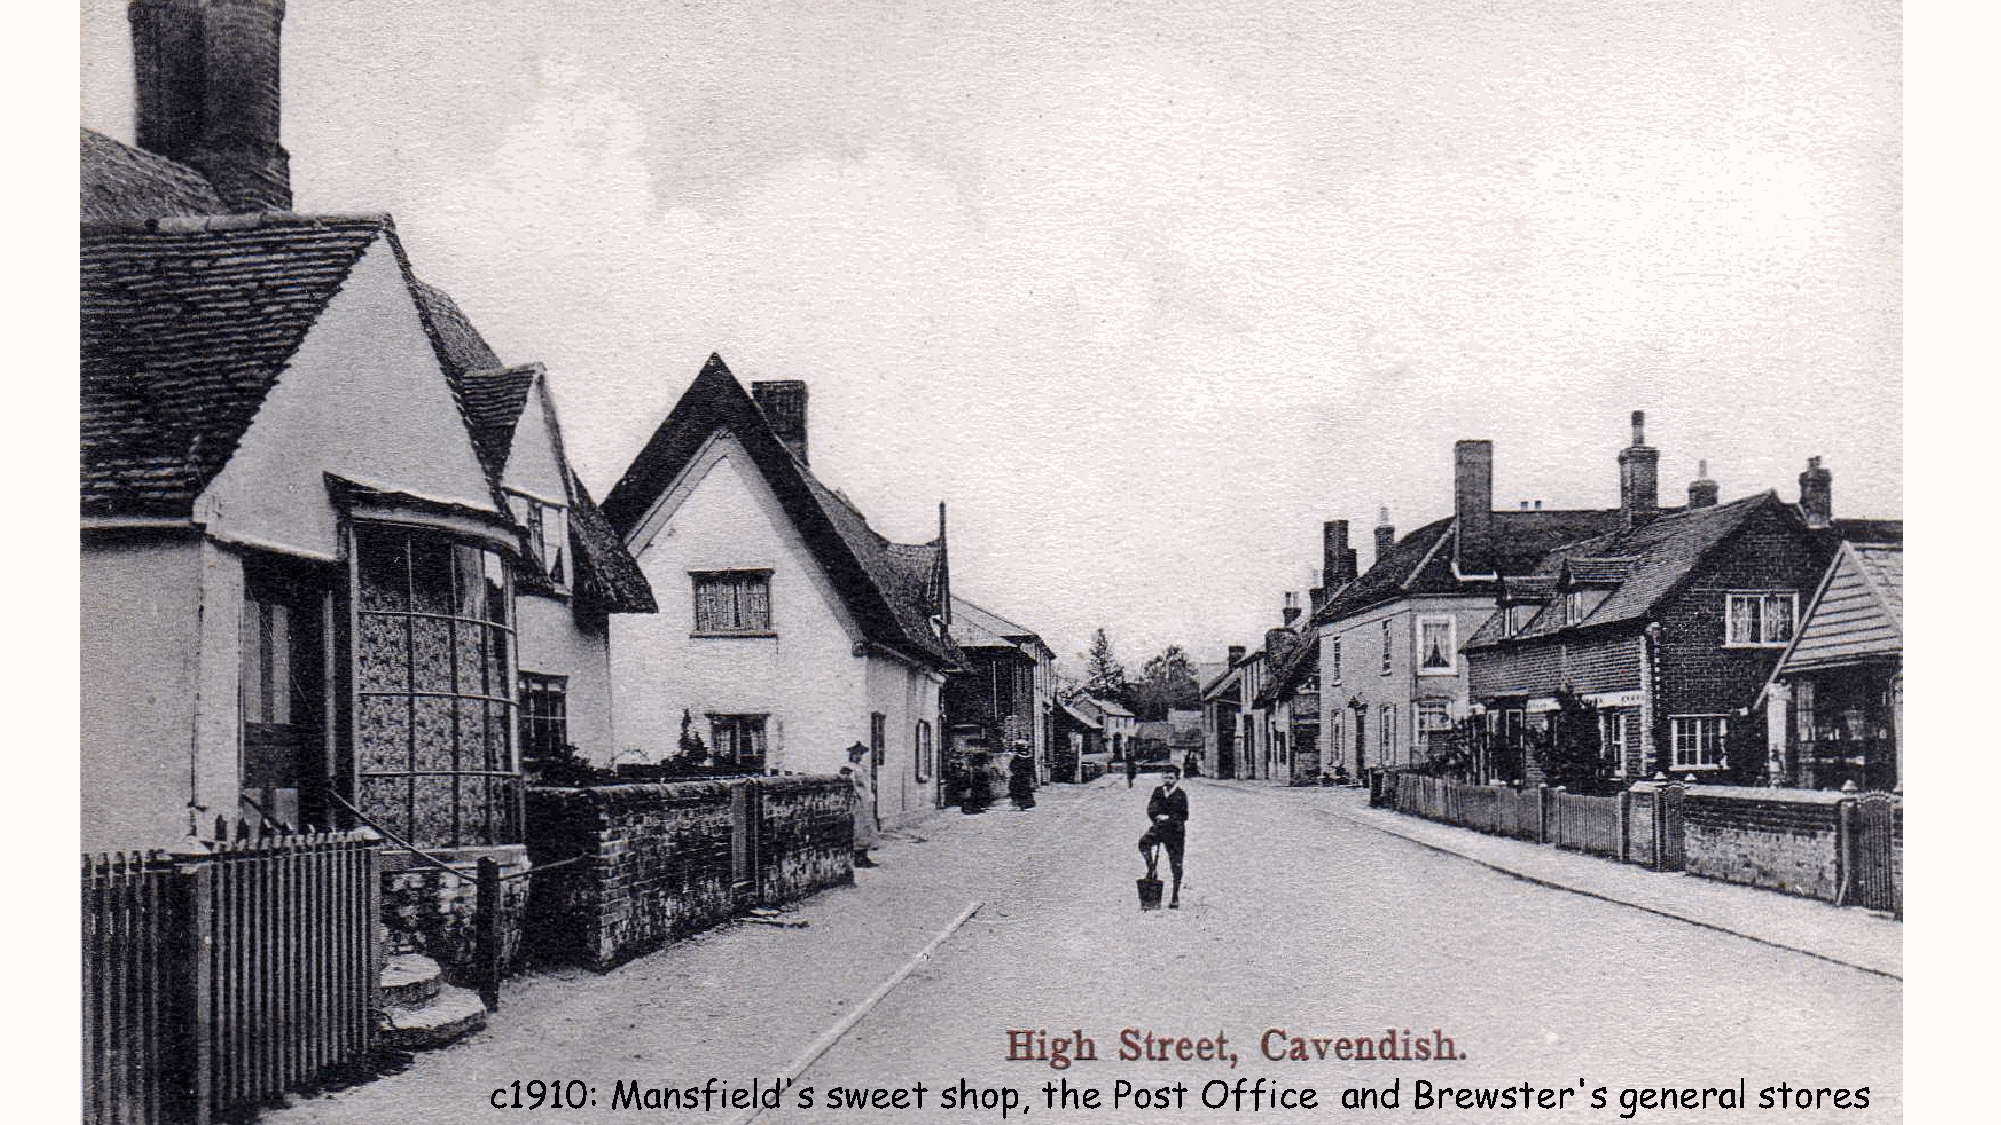
c1910:  Mansfield's    sweet  shop,  the  Post Office    and  Brewster's   general  stores